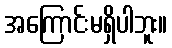
အကြောင်းမရှိပါဘူး။